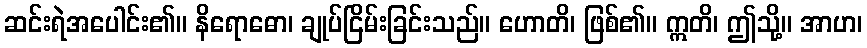
ဆင်းရဲအပေါင်း၏။ နိရောဓော၊ ချုပ်ငြိမ်းခြင်းသည်။ ဟောတိ၊ ဖြစ်၏။ ဣတိ၊ ဤသို့။ အာဟ၊